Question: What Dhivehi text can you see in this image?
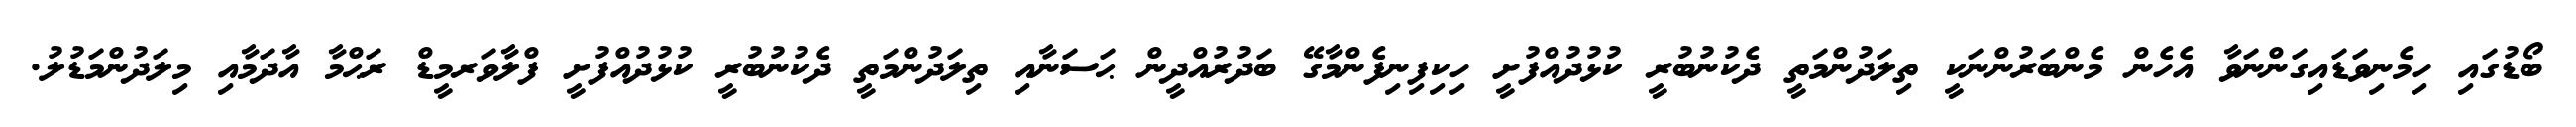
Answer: ބޯޑުގައި ހިމެނިވަޑައިގަންނަވާ އެހެން މެންބަރުންނަކީ ތިލަދުންމަތީ ދެކުނުބުރީ ކުޅުދުއްފުށީ ހިކިފިނިފެންމާގޭ ބަދުރުއްދީން ޙަސަނާއި ތިލަދުންމަތީ ދެކުނުބުރީ ކުޅުދުއްފުށީ ފްލާވަރމީޑް ރަޙްމާ އާދަމާއި މިލަދުންމަޑުލު.